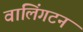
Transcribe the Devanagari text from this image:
वालिंगटन